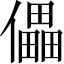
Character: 儡